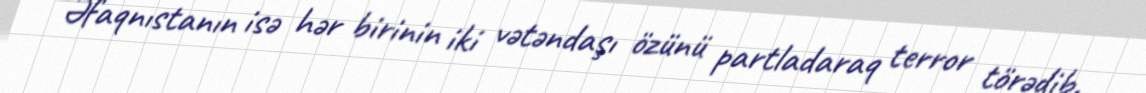
Əfaqnıstanın isə hər birinin iki vətəndaşı özünü partladaraq terror törədib.